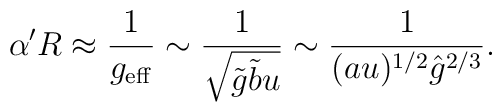
\alpha' R \approx \frac{1}{g_{\rm eff}} \sim \frac{1}{\sqrt{\tilde g\tilde b u}} \sim \frac{1}{(au)^{1/2} {\hat g}^{2/3}}.